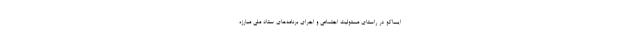
ایساکو در راستای مسئولیت اجتماعی و اجرای برنامه‌های ستاد ملی مبارزه